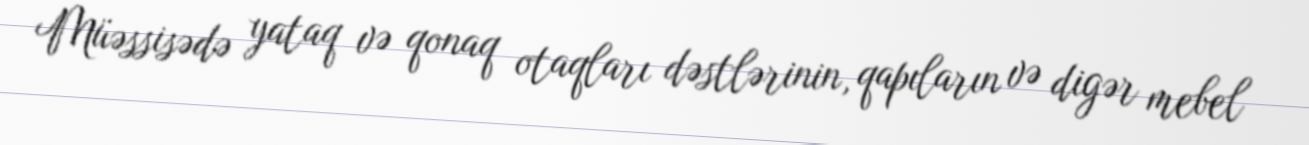
Müəssisədə yataq və qonaq otaqları dəstlərinin, qapıların və digər mebel